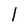
Character: l